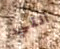
أنني